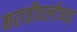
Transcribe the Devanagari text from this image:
मराठीवर्ल्डच्या